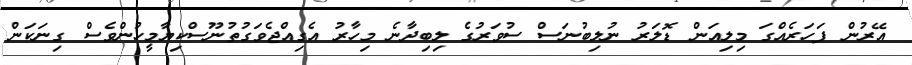
އޭރުން ފަހަރެއްގަ މިލިއަން ޑޮލަރު ނުލިބުނަސް ސުވަރުގެ ލިބިދާނެ މިހާރު އެގިއްޖެވަގުތުނޫސްކިޔާމީހުންވެސް ގިނަކަން